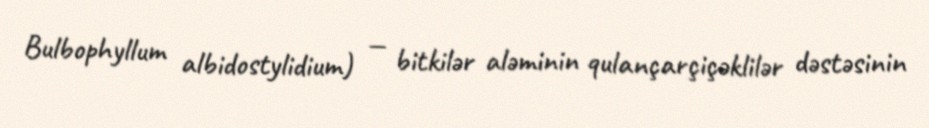
Bulbophyllum albidostylidium) — bitkilər aləminin qulançarçiçəklilər dəstəsinin